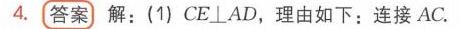
4. **答案** 解：(1) \(CE\perp AD\)，理由如下：连接\(AC\).